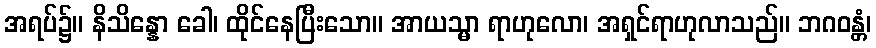
အရပ်၌။ နိသိန္နော ခေါ၊ ထိုင်နေပြီးသော။ အာယသ္မာ ရာဟုလော၊ အရှင်ရာဟုလာသည်။ ဘဂဝန္တံ၊